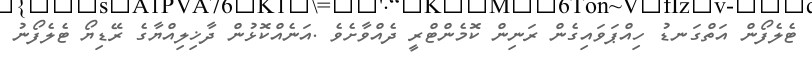
ޓެލެފޯން އަތްގަނޑު ހިއްޕަވައިގެން ރަނިން ކޮމެންޓްރީ ދެއްވާށެވެ .އަނެއްކޮޅުން ދާޚިލިއްޔާގެ ރޭޑިޔޯ ޓެލެފޯނު